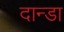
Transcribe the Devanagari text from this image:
दान्डा